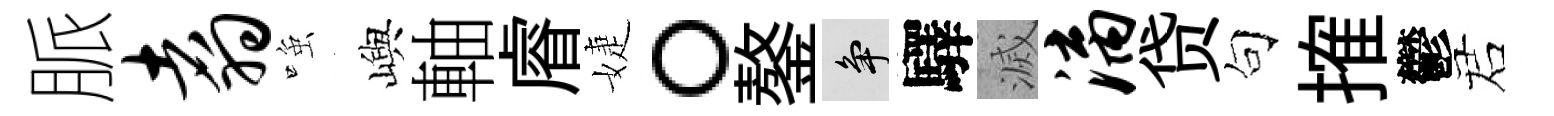
脈翥𫪻嶼軸𥈠婕。鏊争驛滅漓贷句搉鬱诺